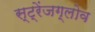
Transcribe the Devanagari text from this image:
स्ट्रेंजग्लोव